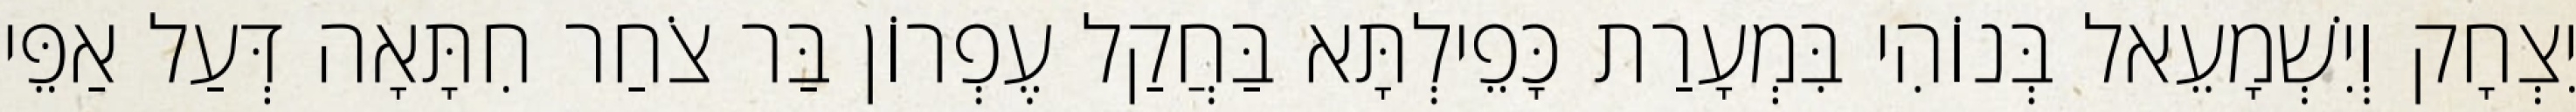
יִצְחָק וְיִשְׁמָעֵאל בְּנוֹהִי בִּמְעָרַת כָּפֵילְתָּא בַּחֲקַל עֶפְרוֹן בַּר צֹחַר חִתָּאָה דְּעַל אַפֵּי